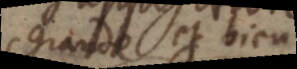
grande et bien